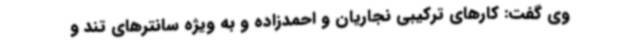
وی گفت: کارهای ترکیبی نجاریان و احمدزاده و به ویژه سانترهای تند و